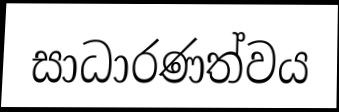
සාධාරණත්වය